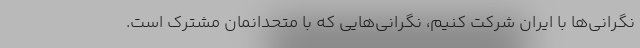
نگرانی‌ها با ایران شرکت کنیم، نگرانی‌هایی که با متحدانمان مشترک است.